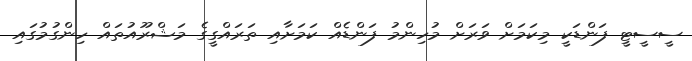
ސީސީޓީ ފަންޑަކީ މިކަމަށް ވަރަށް މުހިންމު ފަންޑެއް ކަމަށާއި ތަރައްގީގެ މަޝްރޫއުތައް ހިންގުމުގައި